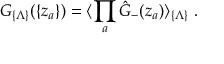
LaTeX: G _ { \{ \Lambda \} } ( \{ z _ { a } \} ) = \langle \prod _ { a } { \hat { G } } _ { - } ( z _ { a } ) \rangle _ { \{ \Lambda \} } \ .